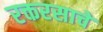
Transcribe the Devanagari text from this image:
रक्तरसाचे